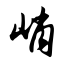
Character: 峭